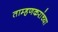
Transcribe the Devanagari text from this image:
ताम्हणकरांच्या